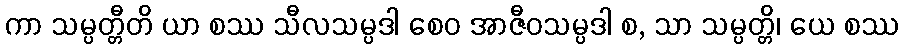
ကာ သမ္ပတ္တီတိ ယာ စဿ သီလသမ္ပဒါ စေဝ အာဇီဝသမ္ပဒါ စ, သာ သမ္ပတ္တိ၊ ယေ စဿ